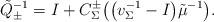
LaTeX: \begin{gather*}\tilde{Q}_\pm^{-1} = I +C_\Sigma^\pm \big(\big(v_\Sigma^{-1} - I\big) \tilde{\mu}^{-1}\big).\end{gather*}